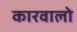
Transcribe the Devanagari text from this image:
कारवालो